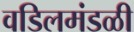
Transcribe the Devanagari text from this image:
वडिलमंडळी